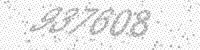
Solution: 937608